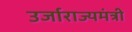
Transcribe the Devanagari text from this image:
उर्जाराज्यमंत्री